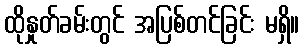
ထိုနှုတ်ခမ်းတွင် အပြစ်တင်ခြင်း မရှိ။